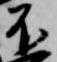
不